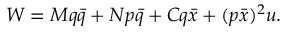
W = M q \bar { q } + N p \bar { q } + C q \bar { x } + ( p \bar { x } ) ^ { 2 } u .